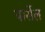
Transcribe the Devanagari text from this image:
पार्सेल